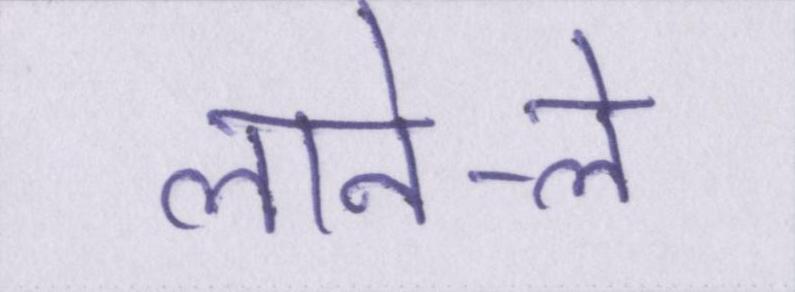
लाने-ले